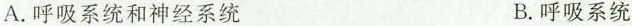
A.呼吸系统和神经系统 B.呼吸系统